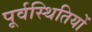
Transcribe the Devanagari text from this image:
पूर्वस्थितियों